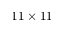
1 1 \times 1 1